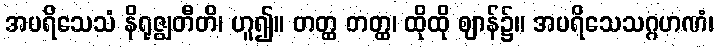
အပရိသေသံ နိရုဇ္ဈတီတိ၊ ဟူ၍။ တတ္ထ တတ္ထ၊ ထိုထို ဈာန်၌။ အပရိသေသဂ္ဂဟဏံ၊